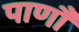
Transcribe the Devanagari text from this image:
पाणौ